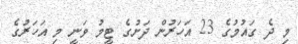
މި ދެ ގައުމުގެ 23 އަހަރުން ދަށުގެ ޓީމު ވަނީ މި އަހަރުގެ